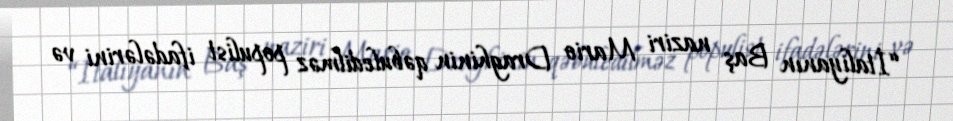
“İtaliyanın Baş naziri Mario Draghinin qəbuledilməz populist ifadələrini və